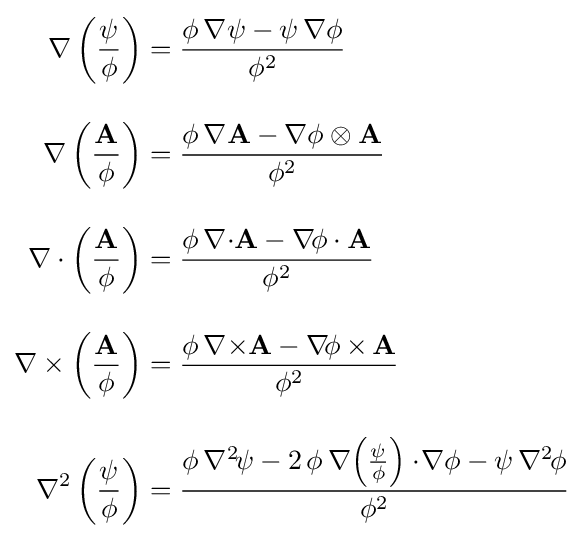
{\begin{aligned}\nabla \left({\frac {\psi }{\phi }}\right)&={\frac {\phi \,\nabla \psi -\psi \,\nabla \phi }{\phi ^{2}}}\\[1em]\nabla \left({\frac {\mathbf {A} }{\phi }}\right)&={\frac {\phi \,\nabla \mathbf {A} -\nabla \phi \otimes \mathbf {A} }{\phi ^{2}}}\\[1em]\nabla \cdot \left({\frac {\mathbf {A} }{\phi }}\right)&={\frac {\phi \,\nabla {\cdot }\mathbf {A} -\nabla \!\phi \cdot \mathbf {A} }{\phi ^{2}}}\\[1em]\nabla \times \left({\frac {\mathbf {A} }{\phi }}\right)&={\frac {\phi \,\nabla {\times }\mathbf {A} -\nabla \!\phi \,{\times }\,\mathbf {A} }{\phi ^{2}}}\\[1em]\nabla ^{2}\left({\frac {\psi }{\phi }}\right)&={\frac {\phi \,\nabla ^{2\!}\psi -2\,\phi \,\nabla \!\left({\frac {\psi }{\phi }}\right)\cdot \!\nabla \phi -\psi \,\nabla ^{2\!}\phi }{\phi ^{2}}}\end{aligned}}